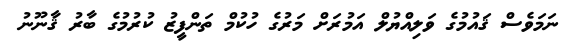
ނަމަވެސް ޤައުމުގެ ވަލިއްޔުލް އަމުރަށް މަރުގެ ހުކުމް ތަންފީޒު ކުރުމުގެ ބާރު ޤާނޫނު